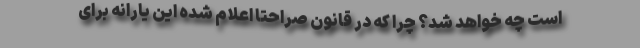
است چه خواهد شد؟ چرا که در قانون صراحتا اعلام شده این یارانه برای